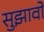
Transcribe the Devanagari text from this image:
सुझावोें